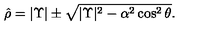
\hat { \rho } = | \Upsilon | \pm \sqrt { | \Upsilon | ^ { 2 } - \alpha ^ { 2 } \cos ^ { 2 } \theta } .